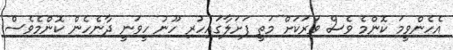
އެހެންވީމަ ކޮންމެ ވެސް ވަރަކަށް މަތީ ފަށަލާގައިހުރި ހޫނު ހީވަނީ ދާނެހެން ކޮންމެވެސް